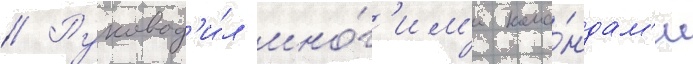
// Руковод'и́л мно́г'им'и кома́ндам'и